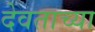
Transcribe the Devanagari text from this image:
देवताच्या